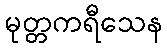
မုတ္တကရီသေန